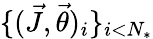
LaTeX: \{ (\vec{J},\vec{\theta})_{i}\} _{i<N_{*}}